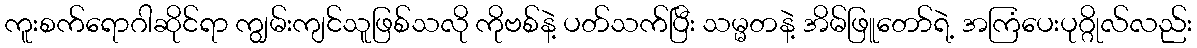
ကူးစက်ရောဂါဆိုင်ရာ ကျွမ်းကျင်သူဖြစ်သလို ကိုဗစ်နဲ့ ပတ်သက်ပြီး သမ္မတနဲ့ အိမ်ဖြူတော်ရဲ့ အကြံပေးပုဂ္ဂိုလ်လည်း